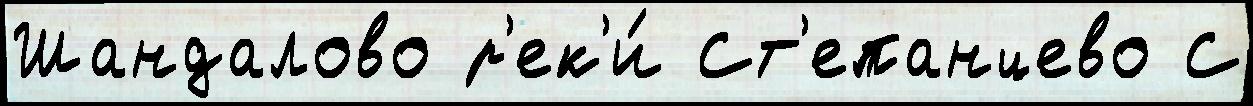
Шандалово р'ек'и́ Ст'епанцево С